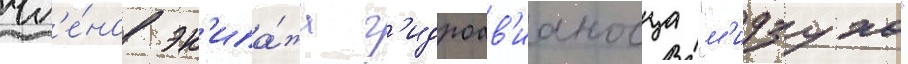
чл'е́нов эк'ипа́жа г'идроав'ианосца "м'идзухо"